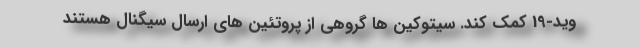
وید-19 کمک کند. سیتوکین ها گروهی از پروتئین های ارسال سیگنال هستند